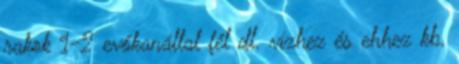
rakok 1-2 evőkanállal fél dl. vízhez és ehhez kb.